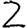
Digit: 2